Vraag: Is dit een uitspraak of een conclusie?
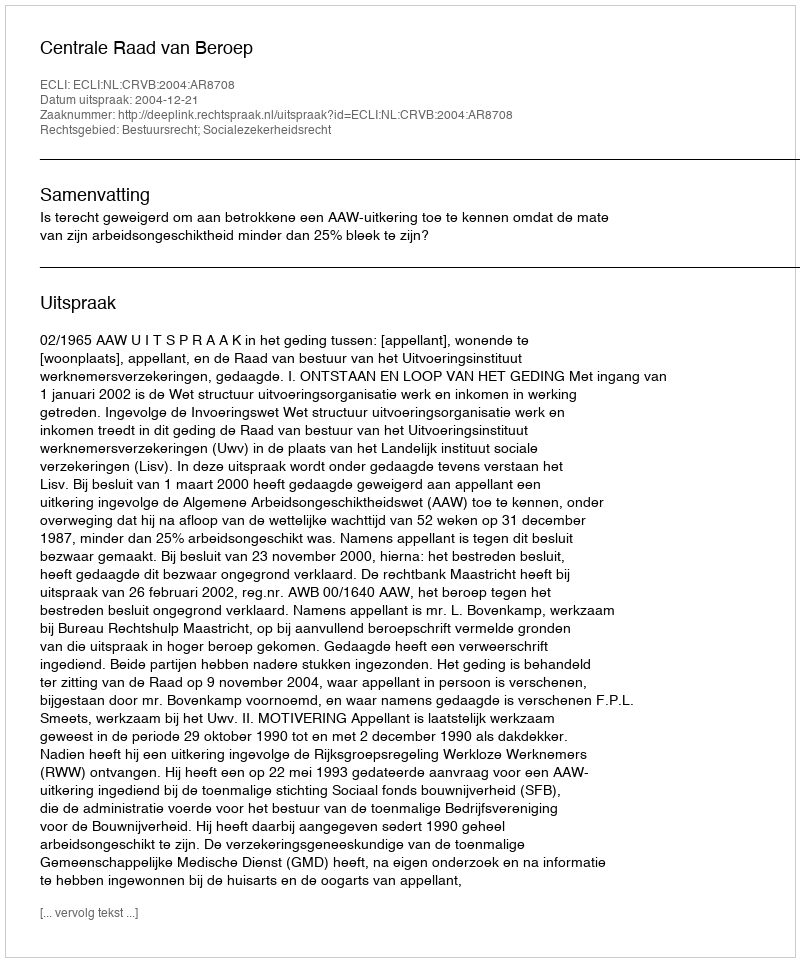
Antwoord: Uitspraak